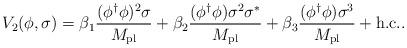
LaTeX: \begin{align*}V_2(\phi,\sigma) =\beta_{1}\frac{(\phi^{\dag}\phi)^2\sigma}{M_{\rm pl}} +\beta_{2}\frac{(\phi^{\dag}\phi)\sigma^2\sigma^{\ast}}{M_{\rm pl}} +\beta_{3}\frac{(\phi^{\dag}\phi)\sigma^3}{M_{\rm pl}} + \rm {h.c.} .\end{align*}